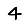
Digit: 4